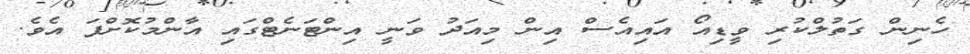
ހެނިން ގަތުލްކުރި ވީޑިއޯ އައިއެސް އިން މިއަދު ވަނީ އިންޓަނެޓްގައި އާންމުކޮށްފަ އެވެ.